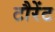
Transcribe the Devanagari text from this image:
टौरेंट